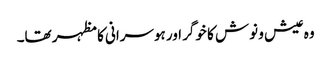
وہ عیش و نوش کا خوگر اور ہوسرانی کا مظہر تھا۔